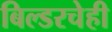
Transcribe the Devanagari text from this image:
बिल्डरचेही